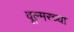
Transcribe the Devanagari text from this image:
वूल्मरच्या